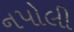
નપોલી